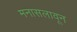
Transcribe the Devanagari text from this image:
मनासलावून